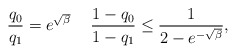
\begin{align*}\frac{q_0}{q_1} = e^{\sqrt \beta}\,\,\, \,\,\,\, \frac{1 - q_0}{1 - q_1} \le \frac{1}{2- e^{-\sqrt{\beta}}},\end{align*}